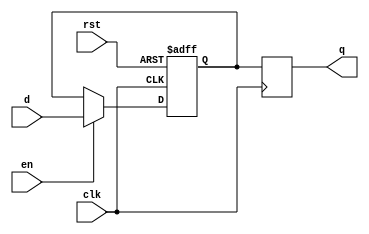
module sequential_logic_block (
    input wire clk,          // Clock input
    input wire rst,          // Reset input
    input wire en,           // Enable input for latch
    input wire d,            // Data input
    
    output reg q            // Output of the flip-flop
);

    reg q_int;               // Intermediate signal for the flip-flop
    
    always @(posedge clk or posedge rst) begin
        if(rst) begin
            q_int <= 1'b0;   // Reset the intermediate signal
        end else begin
            q_int <= en ? d : q_int; // Latch input data or hold previous data based on enable signal
        end
    end
    
    always @(posedge clk) begin
        q <= q_int;           // Assign the intermediate signal to the output on the rising edge of the clock
    end

endmodule